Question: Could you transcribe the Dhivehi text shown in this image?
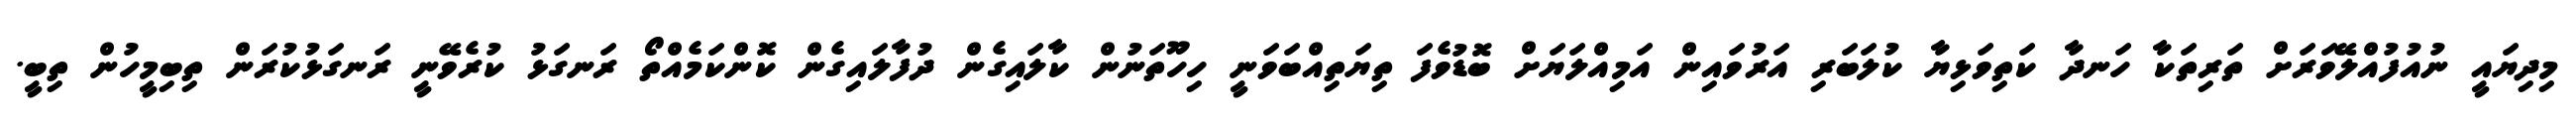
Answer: މިދިޔައީ ނުއުފުއްލޭވަރަށް ތަރިތަކާ ހަނދާ ކަތިވަޅިޔާ ކުލަބަރި އަރުވައިން އަމިއްލަޔަށް ބޮޑުވެފަ ތިޔަތިއްބަވަނީ ހިހޫތަނުން ކާލައިގެން ދުފާލައިގެން ކޮންކަމެއްތޯ ރަނގަޅު ކުރެވޭނީ ރަނގަޅުކުރަން ތިބިމީހުން ތިބީ.